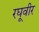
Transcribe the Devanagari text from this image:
रघूवीर